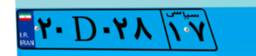
۹۵D۳۹۷۲۸